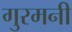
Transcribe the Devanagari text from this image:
गुरमनी